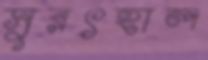
সুরৎহাল